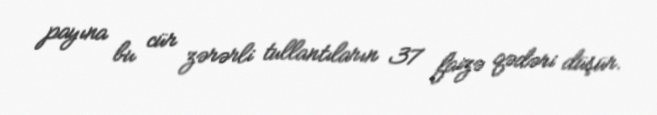
payına bu cür zərərli tullantıların 37 faizə qədəri düşür.